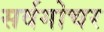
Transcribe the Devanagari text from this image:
सर्वगोचर